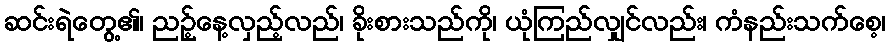
ဆင်းရဲတွေ့၏၊ ညဉ့်နေ့လှည့်လည်၊ ခိုးစားသည်ကို၊ ယုံကြည်လျှင်လည်း၊ ကံနည်းသက်စေ့၊